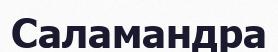
Саламандра